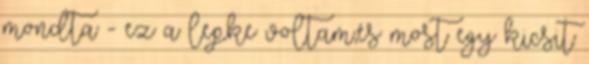
mondta - ez a lepke voltam,és most egy kicsit